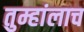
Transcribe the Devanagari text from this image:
तुम्हांलाच